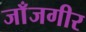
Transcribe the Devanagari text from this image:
जाँजगीर